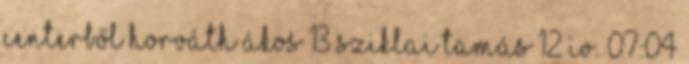
centerből Horváth Ákos 13 Sziklai Tamás 12 IV. 07:04